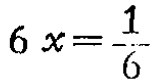
\(6x=\frac{1}{6}\)